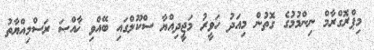
މިޕްރޮގްރާމް ނިންމުމުގެ ގޮތުން މިއަދު ހަވީރު މަޖީދިއްޔާ ސްކޫލްގައި ބޭއްވި ޚާއްޞަ ރަސްމިއްޔާތު